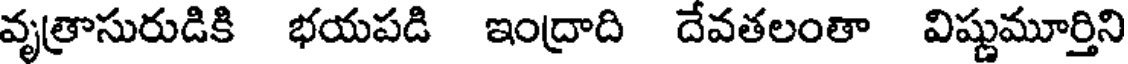
వృత్రాసురుడికి భయపడి ఇంద్రాది దేవతలంతా విష్ణుమూర్తిని